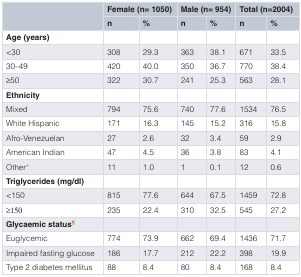
<table><thead><tr><td></td><td colspan="2"><b>Female (n= 1050)</b></td><td colspan="2"><b>Male (n=954)</b></td><td colspan="2"><b>Total (n=2004)</b></td></tr><tr><td></td><td><b>n</b></td><td><b>%</b></td><td><b>n</b></td><td><b>%</b></td><td><b>n</b></td><td><b>%</b></td></tr></thead><tbody><tr><td><b>Age (years)</b></td><td></td><td></td><td></td><td></td><td></td><td></td></tr><tr><td>&lt;30</td><td>308</td><td>29.3</td><td>363</td><td>38.1</td><td>671</td><td>33.5</td></tr><tr><td>30–49</td><td>420</td><td>40.0</td><td>350</td><td>36.7</td><td>770</td><td>38.4</td></tr><tr><td>≥50</td><td>322</td><td>30.7</td><td>241</td><td>25.3</td><td>563</td><td>28.1</td></tr><tr><td><b>Ethnicity</b></td><td></td><td></td><td></td><td></td><td></td><td></td></tr><tr><td>Mixed</td><td>794</td><td>75.6</td><td>740</td><td>77.6</td><td>1534</td><td>76.5</td></tr><tr><td>White Hispanic</td><td>171</td><td>16.3</td><td>145</td><td>15.2</td><td>316</td><td>15.8</td></tr><tr><td>Afro-Venezuelan</td><td>27</td><td>2.6</td><td>32</td><td>3.4</td><td>59</td><td>2.9</td></tr><tr><td>American Indian</td><td>47</td><td>4.5</td><td>36</td><td>3.8</td><td>83</td><td>4.1</td></tr><tr><td>Other*</td><td>11</td><td>1.0</td><td>1</td><td>0.1</td><td>12</td><td>0.6</td></tr><tr><td><b>Triglycerides</b><b>(mg/dl)</b></td><td></td><td></td><td></td><td></td><td></td><td></td></tr><tr><td>&lt;150</td><td>815</td><td>77.6</td><td>644</td><td>67.5</td><td>1459</td><td>72.8</td></tr><tr><td>≥150</td><td>235</td><td>22.4</td><td>310</td><td>32.5</td><td>545</td><td>27.2</td></tr><tr><td><b>Glycaemic</b><b>status<sup>¶</sup></b></td><td></td><td></td><td></td><td></td><td></td><td></td></tr><tr><td>Euglycemic</td><td>774</td><td>73.9</td><td>662</td><td>69.4</td><td>1436</td><td>71.7</td></tr><tr><td>Impaired fasting glucose</td><td>186</td><td>17.7</td><td>212</td><td>22.2</td><td>398</td><td>19.9</td></tr><tr><td>Type 2 diabetes mellitus</td><td>88</td><td>8.4</td><td>80</td><td>8.4</td><td>168</td><td>8.4</td></tr></tbody></table>